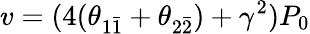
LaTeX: v=(4(\theta_{1\bar{1}}+\theta_{2\bar{2}})+\gamma^{2})P_{0}